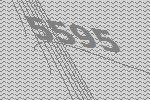
5595